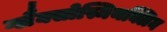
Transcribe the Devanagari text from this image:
ग्लैक्सोस्मिथक्लिन